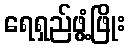
ရေရှည်ဖွံ့ဖြိုး